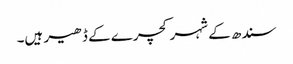
سندھ کے شہر کچرے کے ڈھیر ہیں۔